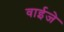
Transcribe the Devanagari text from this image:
वाईजे